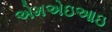
એમએઇઆઇ